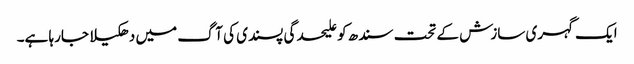
ایک گہری سازش کے تحت سندھ کو علیحدگی پسندی کی آگ میں دھکیلا جارہا ہے۔